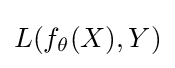
L(f_{\theta }(X),Y)